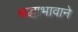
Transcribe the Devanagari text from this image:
श्रद्धाभावाने